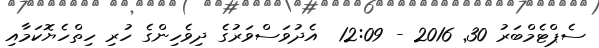
ސެޕްޓެމްބަރު 30